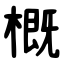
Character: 概